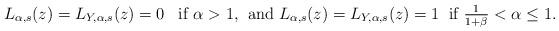
LaTeX: \begin{align*}L_{\alpha, s}(z) = L_{Y, \alpha, s}(z)= 0 \; \; \; \mbox{if $\alpha > 1, \;$ and} \; L_{\alpha, s}(z) = L_{Y, \alpha, s}(z) = 1 \; \; \mbox{if $\frac{1}{1+\beta} < \alpha \le 1$}.\end{align*}